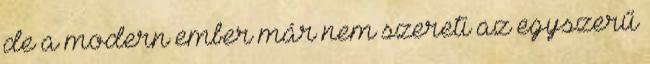
de a modern ember már nem szereti az egyszerű